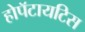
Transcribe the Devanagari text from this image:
होपॅटायटिस